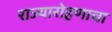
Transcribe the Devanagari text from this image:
राज्यारोहणाचा